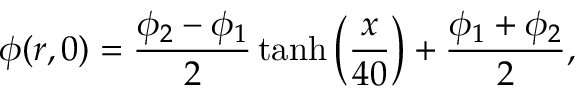
\phi ( { \boldsymbol r } , 0 ) = \frac { \phi _ { 2 } - \phi _ { 1 } } { 2 } \operatorname { t a n h } \left( \frac { x } { 4 0 } \right) + \frac { \phi _ { 1 } + \phi _ { 2 } } { 2 } ,